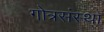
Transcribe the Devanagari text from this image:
गोत्रसंस्था